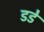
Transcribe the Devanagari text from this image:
डडे